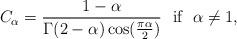
LaTeX: \begin{align*}C_{\alpha }=\frac{1-\alpha }{\Gamma ( 2-\alpha ) \cos ( \frac{\pi \alpha }{2})}\ \ \mbox{if} \ \ \alpha \neq 1,\end{align*}